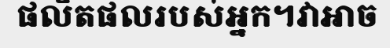
ផលិតផលរបស់អ្នក។វាអាច